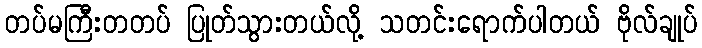
တပ်မကြီးတတပ် ပြုတ်သွားတယ်လို့ သတင်းရောက်ပါတယ် ဗိုလ်ချုပ်